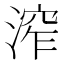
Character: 𣹧